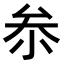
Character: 𠫭